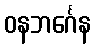
ဝနဘင်္ဂေန